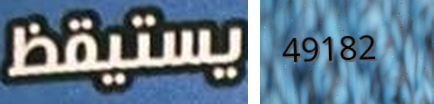
يستيقظ 49182